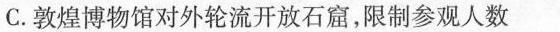
C. 敦煌博物馆对外轮流开放石窟，限制参观人数